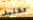
تخفيف